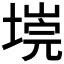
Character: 𭏐